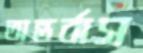
অন্তর্বাস